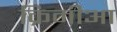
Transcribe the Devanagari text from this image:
क्रिमीआ